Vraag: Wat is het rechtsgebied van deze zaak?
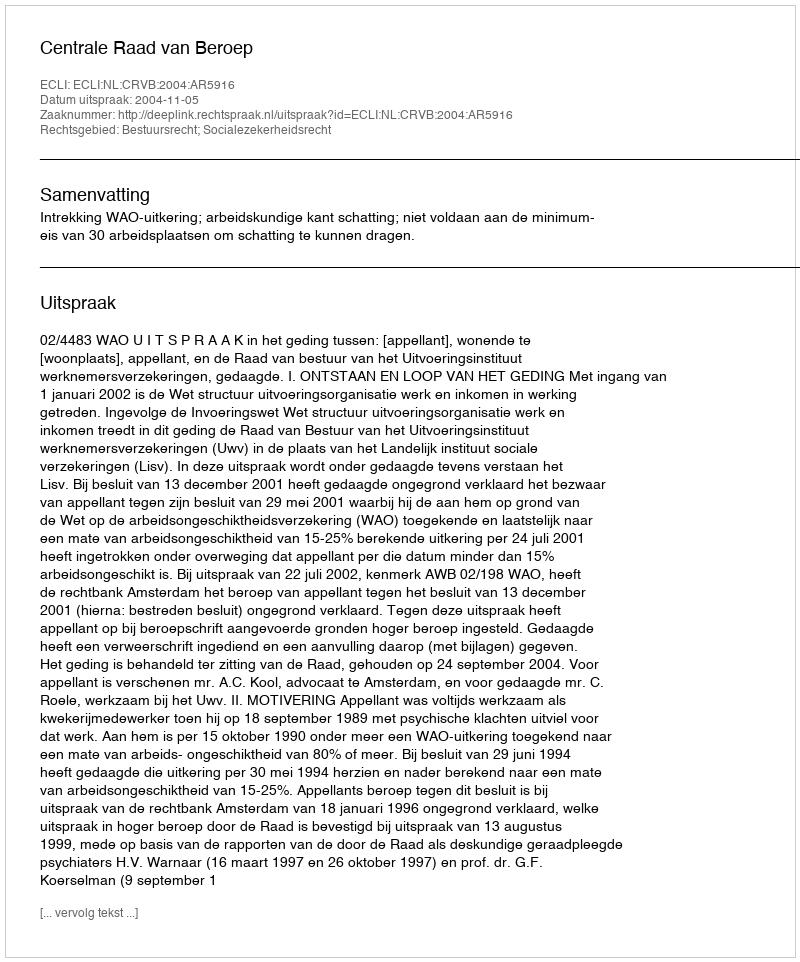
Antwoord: Bestuursrecht; Socialezekerheidsrecht